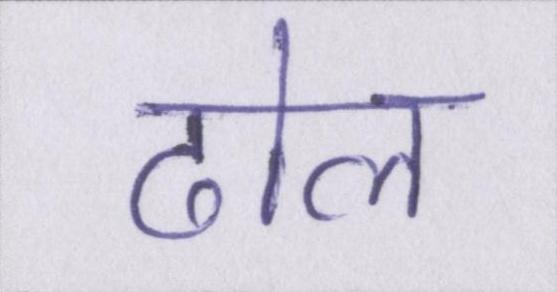
ढोल